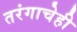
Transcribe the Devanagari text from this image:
तरंगाचेही